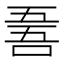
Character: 𠵥